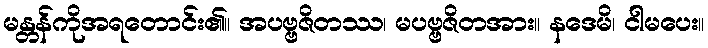
မန္တန်ကိုအရတောင်း၏။ အပဗ္ဗဇိတဿ၊ မပဗ္ဗဇိတအား။ နဒေမိ၊ ငါမပေး။